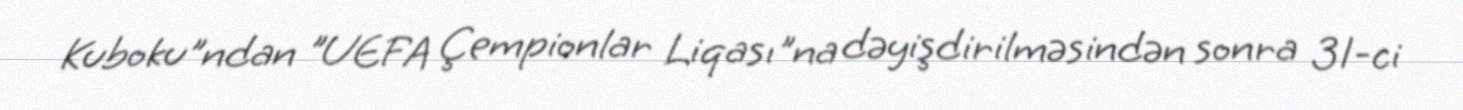
Kuboku"ndan "UEFA Çempionlar Liqası"na dəyişdirilməsindən sonra 31-ci